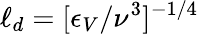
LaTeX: \ell_{d}=[\epsilon_{V}/\nu^{3}]^{-1/4}